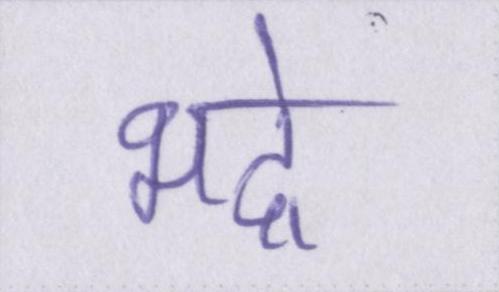
भद्रे